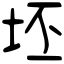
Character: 坯